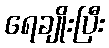
ရေချိုးပြီး